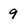
Character: 9